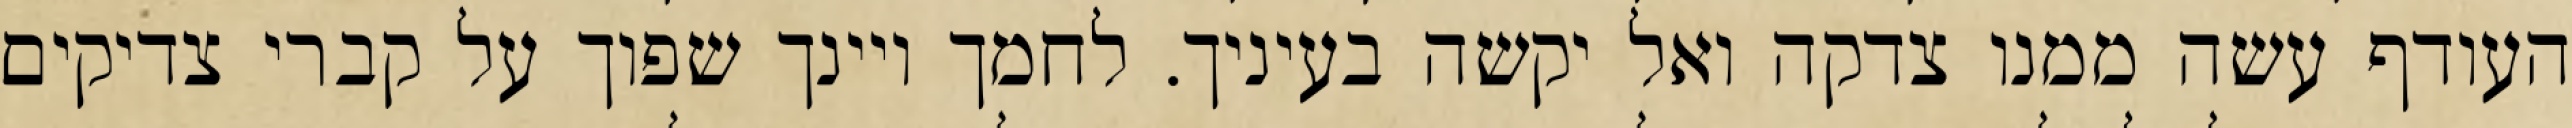
העודף עשה ממנו צדקה ואל יקשה בעיניך. לחמך ויינך שפוך על קברי צדיקים